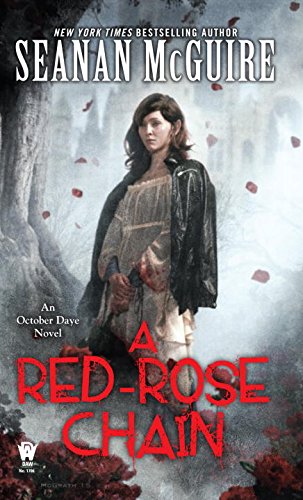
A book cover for A Red-Rose Chain: An October Daye Novel; Seanan McGuire; Science Fiction & Fantasy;